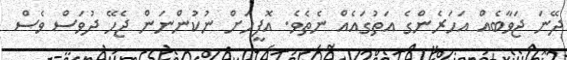
ދޭނަ ޖަވާބެއް އަހަރެންގެ އަތުގައެއް ނެތެވެ. އޮފީހަށް ނުކުންނަން ޖެހޭ ދުވަސް ވެސް